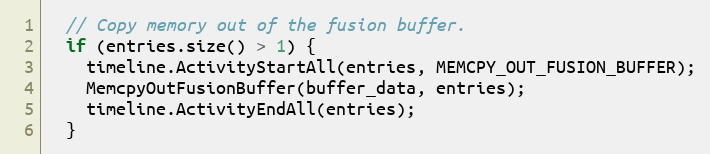
Language: C++
  // Copy memory out of the fusion buffer.
  if (entries.size() > 1) {
    timeline.ActivityStartAll(entries, MEMCPY_OUT_FUSION_BUFFER);
    MemcpyOutFusionBuffer(buffer_data, entries);
    timeline.ActivityEndAll(entries);
  }